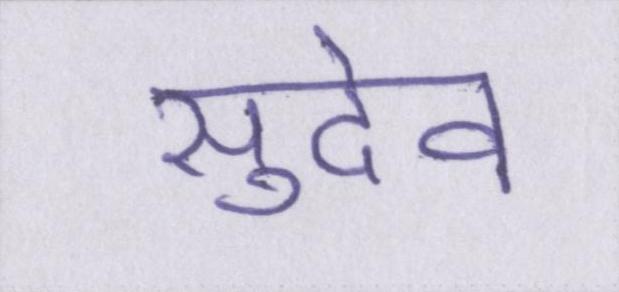
सुदेव